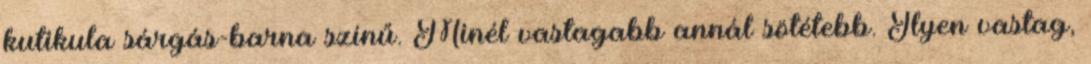
kutikula sárgás-barna színű. Minél vastagabb annál sötétebb. Ilyen vastag,